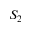
S _ { 2 }